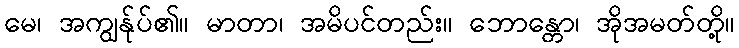
မေ၊ အကျွန်ုပ်၏။ မာတာ၊ အမိပင်တည်း။ ဘောန္တော၊ အိုအမတ်တို့။